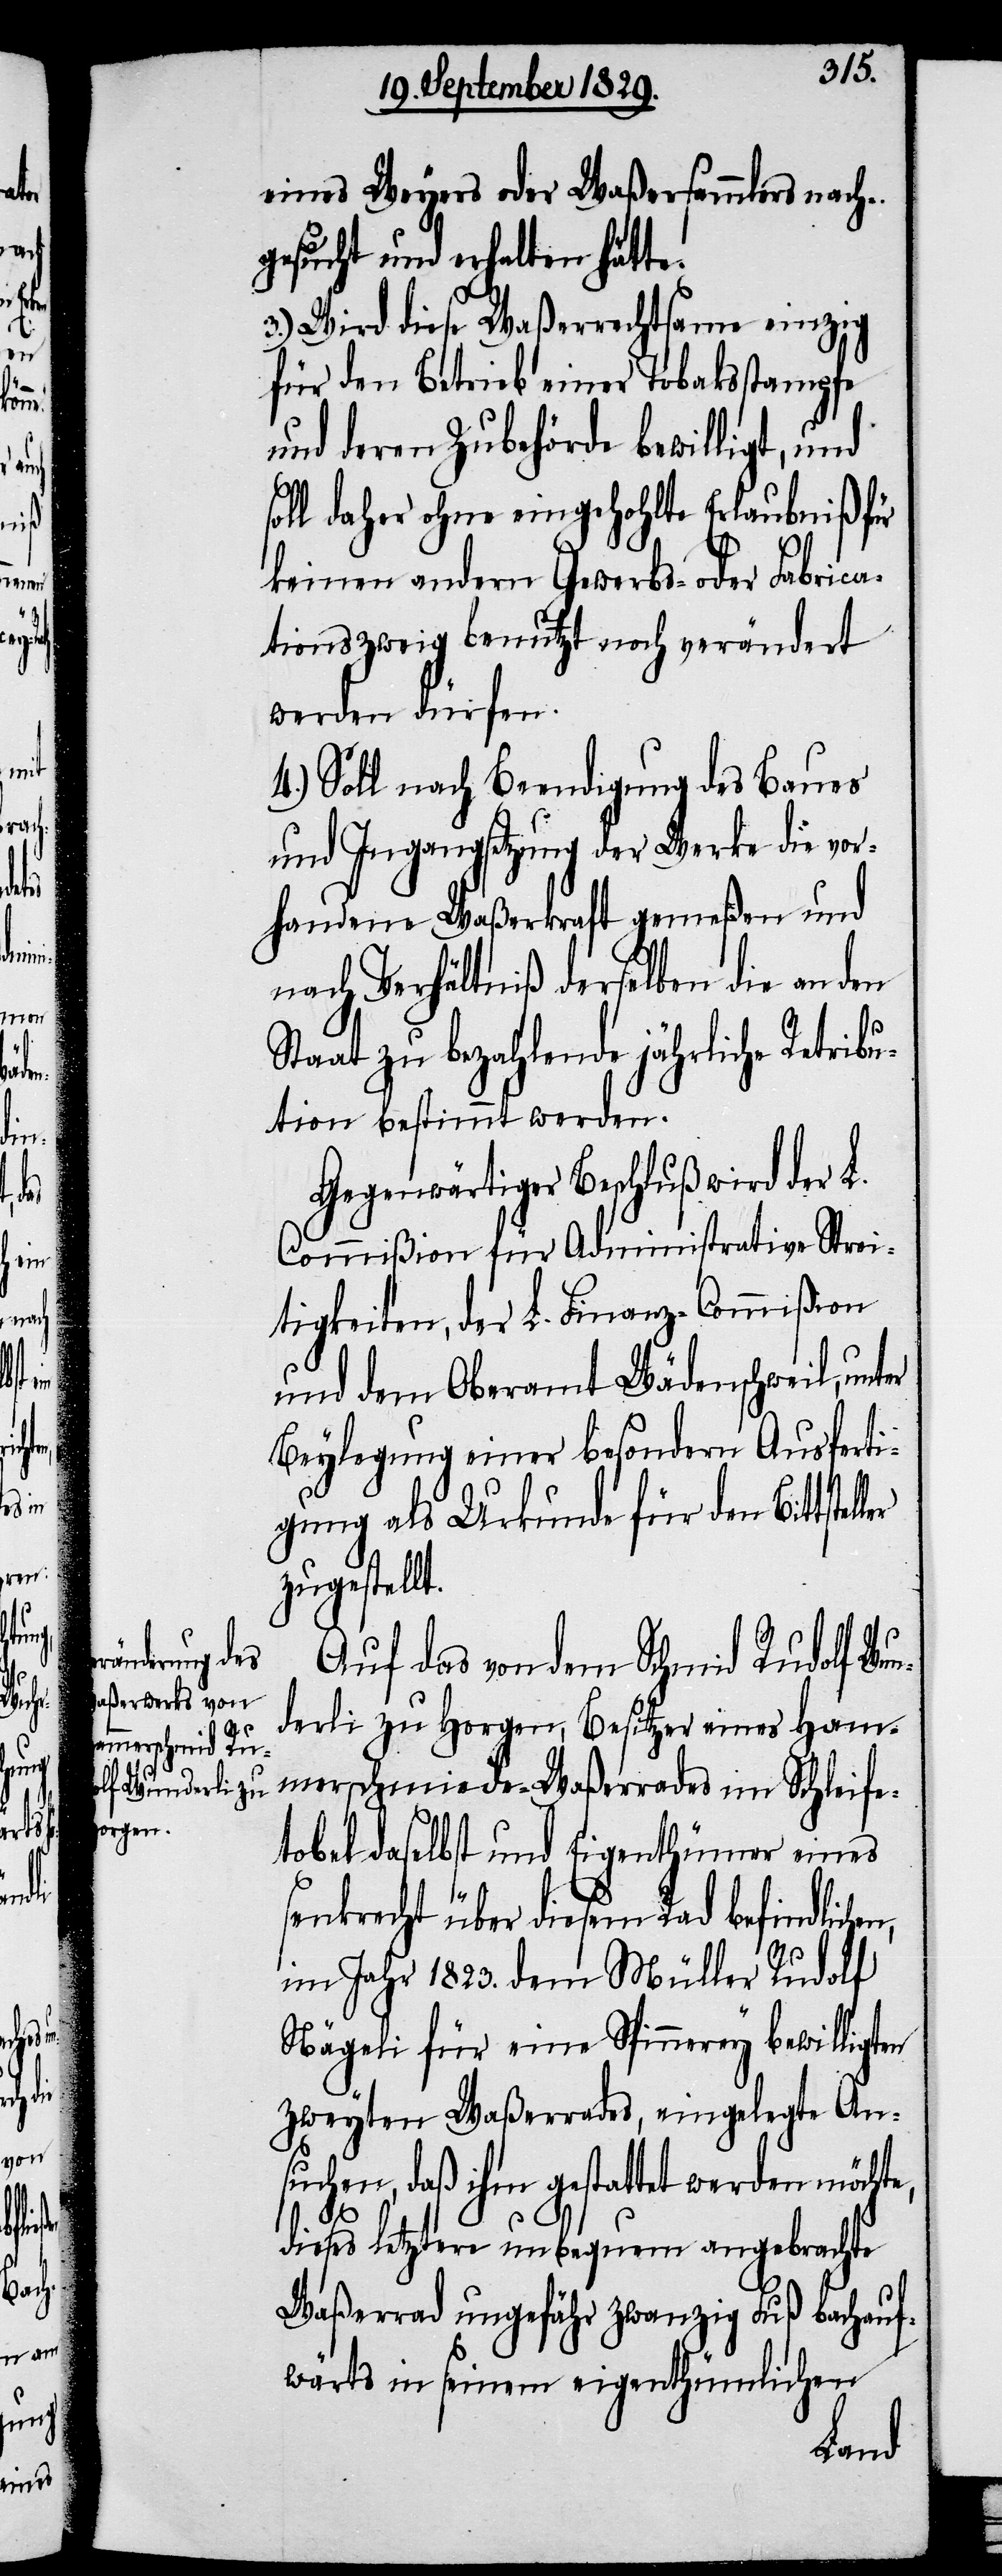
n,

eines Weyers oder Waßersammlers nach¬
gesucht und erhalten hätte.
3.) Wird diese Waßerrechtsame einzig
für den Betrieb einer Tobakstampfe
und deren Zubehörde bewilligt, und
soll daher ohne eingehohlte Erlaubniß für
keinen andern Gewerbs- oder Fabrica¬
tionszweig benutzt noch verändert
werden dürfen.
4.) Soll nach Beendigung des Baues
und Ingangsetzung der Werke die vor¬
handene Waßerkraft gemeßen und
nach Verhältniß derselben die an den
Staat zu bezahlende jährliche Retribu¬
tion bestimmt werden.
Gegenwärtiger Beschluß wird der L.
Commißion für Administrative Strei¬
tigkeiten, der L. Finanz-Commißion
und dem Oberamt Wädenschweil, unt¬
Beylegung einer besondern Ausferti¬
gung als Urkunde für den Bittstel¬
zugestellt.
Auf das von dem Schmid Rudolf Wun¬
derli zu Horgen, Besitzer eines Ham¬
merschmiede-Waßerrades im Schleife¬
tobel daselbst und Eigenthümer eines
senkrecht über diesem Rad befindliche¬
im Jahr 1823. dem Müller Rudolf
Nägeli für eine Spinnerey bewilligten
zweyten Waßerrades, eingelegte An¬
suchen, daß ihm gestattet werden möchte,
dieses letztere unbequem angebrachte
Waßerrad ungefähr zwanzig Fuß bachauf¬
wärts in seinem eigenthümlichen